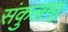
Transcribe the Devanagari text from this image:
संकुलम्‌।